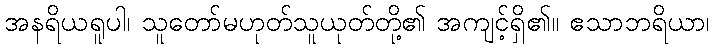
အနရိယရူပါ၊ သူတော်မဟုတ်သူယုတ်တို့၏ အကျင့်ရှိ၏။ ဧသာဘရိယာ၊